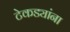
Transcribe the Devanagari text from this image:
टेकड्यांना